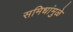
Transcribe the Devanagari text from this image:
समिधांमुळे